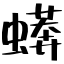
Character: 蠎